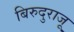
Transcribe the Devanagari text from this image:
बिरुदुराजू